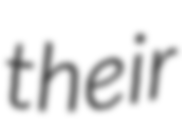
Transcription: their